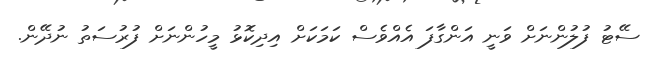
ސޭޓު ފުލުންނަށް ވަނީ އަންގާފަ އެއްވެސް ކަމަކަށް އިދިކޮޅު މީހުންނަށް ފުރުސަތު ނުދޭން.